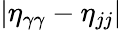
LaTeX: {|\eta_{\gamma\gamma}-\eta_{jj}|}